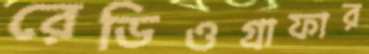
রেডিওগ্রাফার